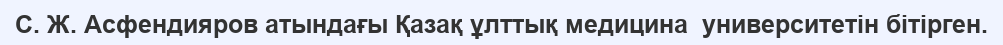
С. Ж. Асфендияров атындағы Қазақ ұлттық медицина  университетін бітірген.